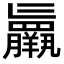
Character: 𮊷